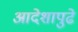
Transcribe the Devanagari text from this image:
आदेशापुढे